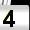
Digit: 4